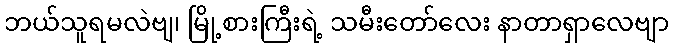
ဘယ်သူရမလဲဗျ၊ မြို့စားကြီးရဲ့ သမီးတော်လေး နာတာရှာလေဗျာ